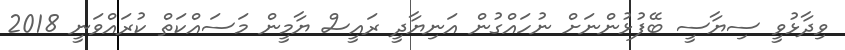
ވިދާޅުވީ ސިޔާސީ ބޭފުޅުންނަށް ނުހައްގުން އަނިޔާދީ ރައީސް ޔާމީން މަސައްކަތް ކުރައްވަނީ 2018